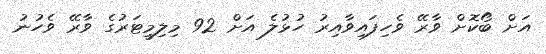
އަށް ބޯކޮށް ވާރޭ ވެހިފައިވާއިރު ހުޅުލެ އަށް 92 މިލިމީޓަރުގެ ވާރޭ ވެހުނު